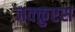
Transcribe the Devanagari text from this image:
जक्क़ुएस